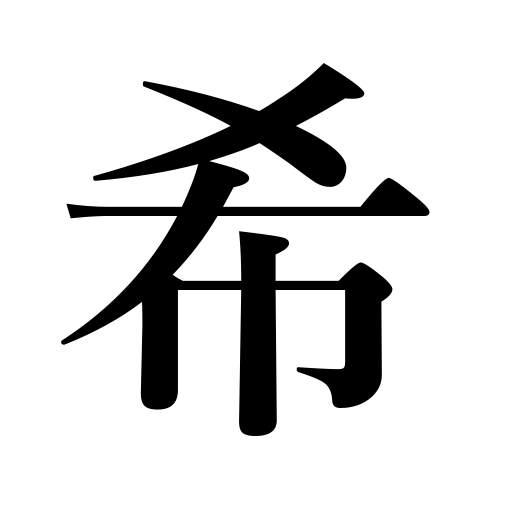
Meanings: Greece